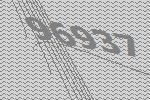
96937